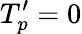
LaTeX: T_{p}^{\prime}=0